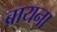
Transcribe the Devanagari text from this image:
ब्रायना